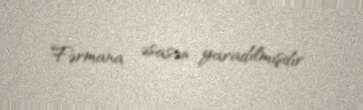
Fərmana əsasən yaradılmışdır.